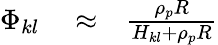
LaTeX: \begin{array}{rlr}{\Phi_{kl}}&{{}\approx}&{\frac{\rho_{p}R}{H_{kl}+\rho_{p}R}}\end{array}